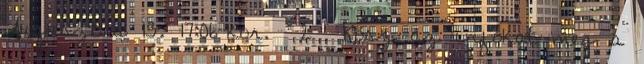
Augusztus 13. 17:06-kor. 2 Kösz az infokat meg a